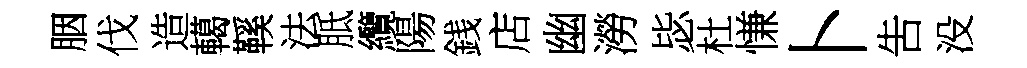
胭伐造轕鞵法胝纜陽銭店幽澇毖杜慊卜吿没